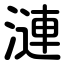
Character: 漣